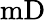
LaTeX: \mathrm{mD}